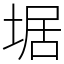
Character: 𡍄